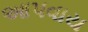
આપવાય